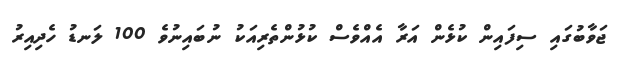
ޖަވާބުގައި ސިފައިން ކުޅެން އަރާ އެއްވެސް ކުޅުންތެރިއަކު ނުބައިނުވެ 100 ލަނޑު ހެދިއިރު